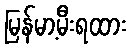
မြန်မာ့မီးရထား